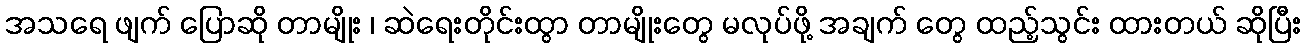
အသရေ ဖျက် ပြောဆို တာမျိုး ၊ ဆဲရေးတိုင်းထွာ တာမျိုးတွေ မလုပ်ဖို့ အချက် တွေ ထည့်သွင်း ထားတယ် ဆိုပြီး